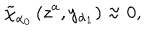
\tilde { \chi } _ { \alpha _ { 0 } } \left( z ^ { a } , y _ { \alpha _ { 1 } } \right) \approx 0 ,